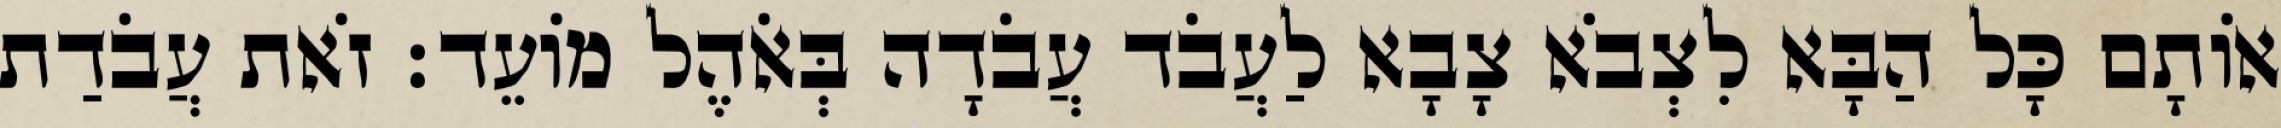
אוֹתָם כָּל הַבָּא לִצְבֹא צָבָא לַעֲבֹד עֲבֹדָה בְּאֹהֶל מוֹעֵד׃ זֹאת עֲבֹדַת